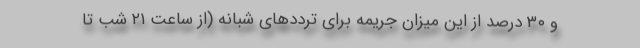
و ۳۰ درصد از این میزان جریمه برای تردد‌های شبانه (از ساعت ۲۱ شب تا